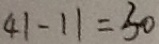
4 1 - 1 1 = 3 0